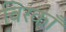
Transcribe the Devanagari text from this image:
विरकाँ